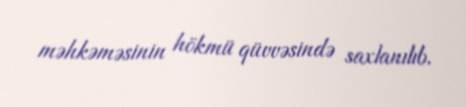
məhkəməsinin hökmü qüvvəsində saxlanılıb.